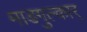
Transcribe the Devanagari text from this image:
माडगुल्कार्